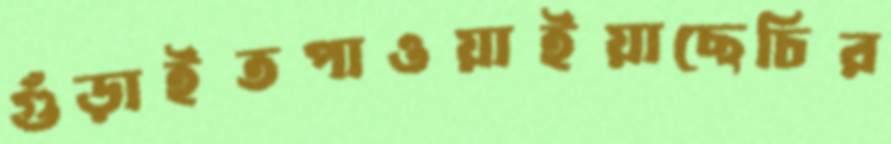
গুঁড়াইতপাওয়াইয়াছেচির